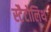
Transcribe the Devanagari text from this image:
स्टैटोलिथ